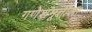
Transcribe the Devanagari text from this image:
गणेशमूर्तीला